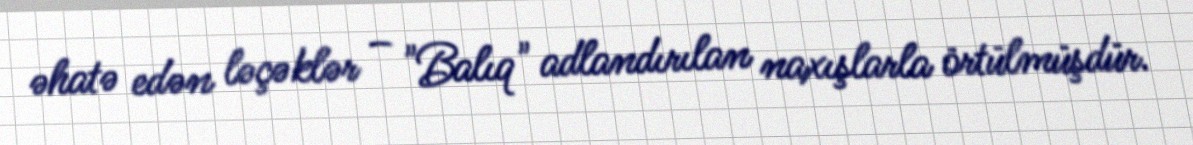
əhatə edən ləçəklər – "Balıq" adlandırılan naxışlarla örtülmüşdür.